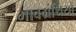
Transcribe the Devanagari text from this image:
भावग्रंथियों